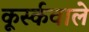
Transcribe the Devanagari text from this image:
कूर्स्कवाले